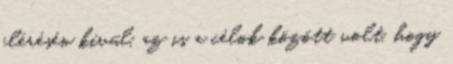
elérésén kívül, az is a célok között volt, hogy